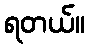
ရတယ်။